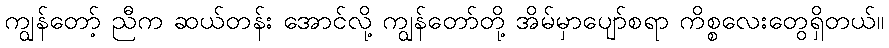
ကျွန်တော့် ညီက ဆယ်တန်း အောင်လို့ ကျွန်တော်တို့ အိမ်မှာပျော်စရာ ကိစ္စလေးတွေရှိတယ်။